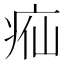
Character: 𬏣